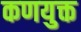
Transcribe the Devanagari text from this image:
कणयुक्त